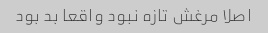
اصلا مرغش تازه نبود واقعا بد بود